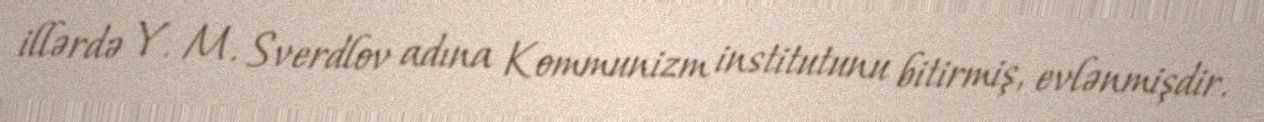
illərdə Y. M. Sverdlov adına Kommunizm institutunu bitirmiş, evlənmişdir.